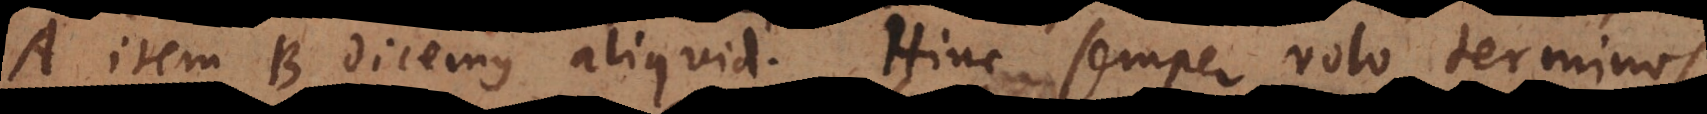
A item B dicemus aliquid. Hinc semper volo terminos